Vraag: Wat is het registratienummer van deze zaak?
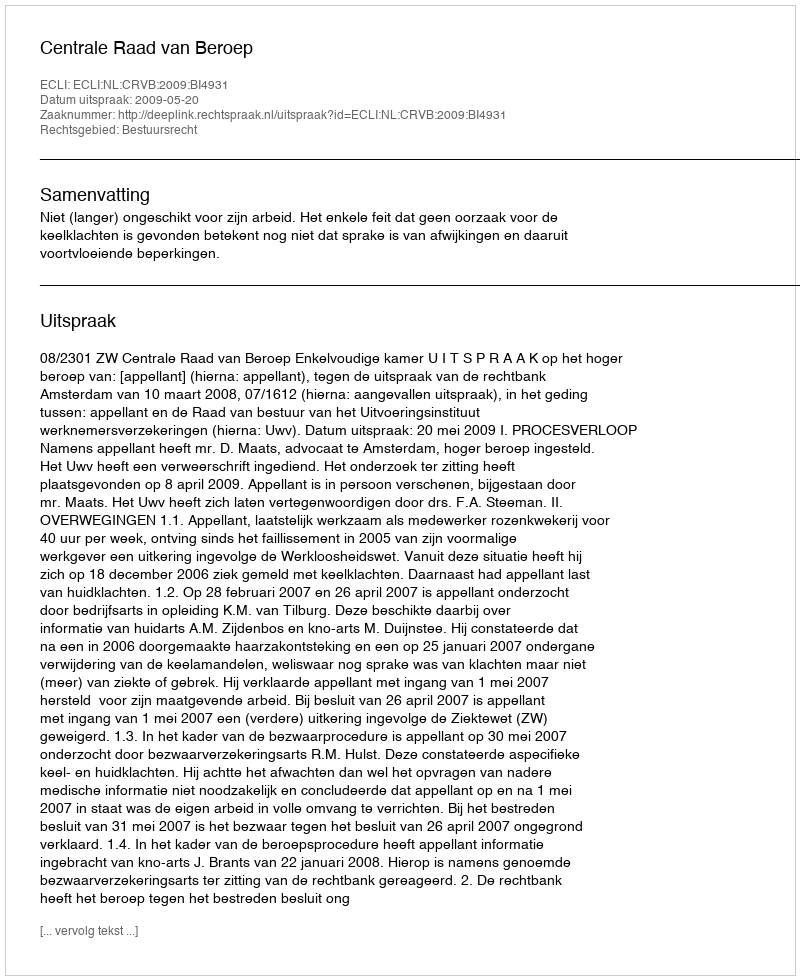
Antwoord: http://deeplink.rechtspraak.nl/uitspraak?id=ECLI:NL:CRVB:2009:BI4931